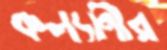
কল্যাণীর